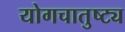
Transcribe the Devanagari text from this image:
योगचातुष्ट्य